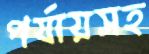
পর্যায়সহ